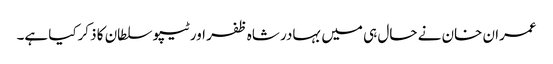
عمران خان نے حال ہی میں بہادر شاہ ظفر اور ٹیپو سلطان کا ذکرکیا ہے۔